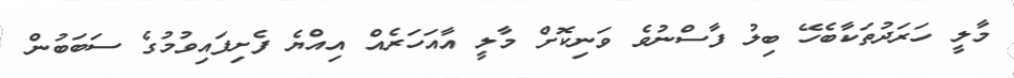
މާލީ ހަރަދުތަކާބެހޭ ބިލު ފާސްނުވެ ވަނިކޮށް މާލީ އާއަހަރެއް އިއްޔެ ފެށިފައިވުމުގެ ސަބަބުން